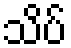
သိပ်